Report on horse surra - Volume I
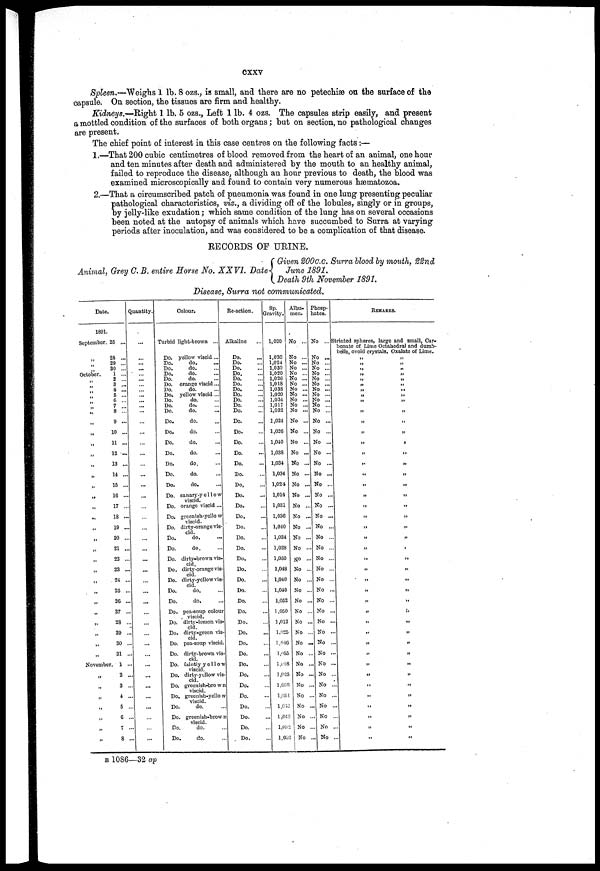
cxxv
Spleen.—"Weighs 1 lb. 8 ozs., is small, and there are no petechiæ on the surface of the
capsule. On section, the tissues are firm and healthy.
Kidneys.—Right 1 lb. 5 ozs., Left 1 lb. 4 ozs. The capsules strip easily, and present
a mottled condition of the surfaces of both organs; but on section, no pathological changes
are present.
The chief point of interest in this case centres on the following facts:—
1.—That 200 cubic centimetres of blood removed from the heart of an animal, one hour
and ten minutes after death and administered by the mouth to an healthy animal,
failed to reproduce the disease, although an hour previous to death, the blood was
examined microscopically and found to contain very numerous hæmatozoa.
2.—That a circumscribed patch of pneumonia was found in one lung presenting peculiar
pathological characteristics, viz., a dividing off of the lobules, singly or in groups,
by jelly-like exudation; which same condition of the lung has on several occasions
been noted at the autopsy of animals which have succumbed to Surra at varying
periods after inoculation, and was considered to be a complication of that disease.
RECORDS OF URINE.
Animal, Grey G. B. entire Horse No. XXVI. Date
Given 200c.c. Surra blood by mouth, 22nd
June 1891.
Death 9th November 1891.
Disease, Surra not communicated.
Date.
1891.
September. 25 ...
„ 28 ...
„ 29 ...
„ 30 ...
October.
1 ...
„ 2 ...
„ 3 ...
„ 4 ...
„ 5 ...
„ 6 ...
„ 7 ...
„ 8 ...
„ 9 ...
„ 10 ...
„ 11 ...
„
12 ...
„ 13 ...
„
14 ...
„ 15 ...
„ 16 ...
„ 17 ...
„ 18 ...
„ 19 ...
„
20 ...
„
21 ...
„ 22 ...
„ 23 ...
,,
24 ...
„ 25 ...
„ 26 ...
„ 27 ...
„ 28 ...
„ 29 ...
„ 30 ...
„ 31 ...
November. 1 ...
„ 2 ...
„ 3 ...
„ 4 ...
„ 5 ...
„ 6 ...
„
7 ...
„ 8 ...
Quantity.
...
...
... ...
...
...
...
...
...
...
...
...
...
...
...
...
...
...
...
...
...
...
...
...
...
...
...
...
...
...
...
...
...
...
...
...
...
...
...
...
...
...
...
Colour.
Turbid light-brown ...
Do. yellow viscid...
Do.
do.
Do.
do.
Do.
do.
Do.
do.
Do. orange viscid...
Do.
do.
Do. yellow viscid ...
Do,
do.
Do.
do.
Do.
do.
Do.
do.
Do.
do.
Do.
do.
Do.
do.
Do.
do.
Do.
do.
Do.
do.
Do. canary-ye11ow
viscid.
Do. orange viscid ...
Do. greenish-yellow
viscid.
Do. dirty-orange vis-
cid.
Do.
do.
Do.
do.
Do. dirty-brown vis-
cid
Do. dirty-ovange vis-
cid.
Do. dirty-yellow vis
cid.
Do.
do.
Do.
do.
Do. pea-soup colour
viscid.
Do. dirty-lemon vis-
cid.
Do. dirty-green vis-
cid.
Do. pea-soup viscid
Do. dirty-brown vis-
cid.
Do. faintly yellow
viscid.
Do. dirty-yollow vis-
cid.
Do. greenish-brown
viscid.
Do. greenish-yellow
visoid.
Do.
do.
Do. greenish-brown
viscid.
Do.
do. ...
Do.
do. ...
Re-action.
Alkaline ...
Do. ...
Do. ...
Do. ...
Do. ...
Do. ...
Do. ...
Do. ...
Do. ...
Do. ...
Do. ...
Do. ...
Do. ...
Do. ...
Do. ...
Do. ...
Do. ...
Do. ...
Do. ...
Do. ...
Do. ...
Do. ...
Do. ...
Do. ...
Do. ...
Do. ...
Do. ...
Do. ...
Do. ...
Do. ...
Do. ...
Do. ...
Do. ...
Do. ...
Do. ...
Do. ...
Do. ...
Do. ...
Do. ...
Do. ...
Do. ...
Do. ...
Do. ...
Sp.
Gravity.
1,020
1,030
1,024
1,030
1,020
1,026
1,018
1,03S
1,020
1,034
1,017
1,032
1,024
1,026
1,040
1,038
1,034
1,034
1,024
1,014
1,031
1,036
1,040
1,034
1,028
1,050
1,048
1,040
1,040
1,052
1,050
1,012
1,025
1,046
1,055
1,018
1,025
1,038
1,034
1,048
1,048
1,032
1,052
Albu-
men.
No ...
No ...
No ...
No ...
No ...
No ...
No ...
No ...
No ...
No ...
No ...
No ...
No ...
No ...
No ...
No ...
No ...
No ...
No ...
No ...
No ...
No ...
No ...
No ...
No ...
No ...
No ...
No ...
No ...
No ...
No ...
No ...
No ...
No ...
No ...
No ...
No ...
No ...
No ...
No ...
No ...
No ...
No ...
Phosp-
hates.
No ...
No ...
No ...
No ...
No ...
No ...
No ...
No ...
No ...
No ...
No ...
No ...
No ...
No ...
No ...
No ...
No ...
No ...
No ...
No ...
No ...
No ...
No ...
No ...
No ...
No ...
No ...
No ...
No ...
No ...
No ...
No ...
No ...
No ...
No ...
No ...
No ...
No ...
No ...
No ...
No ...
No ...
No ...
REMARKS.
Striated spheres, large and small, Car-
bonate of Lime Octahedral and dumb-
bells, ovoid crystals. Oxalate of Lime.
„ „
„ „
„ „
„ „
„ „
„ „
„ „
„ „
„ „
„ „
„ „
„ „
„ „
„ „
„ „
„ „
„ „
„ „
„ „
„ „
„ „
„ „
„ „
„ „
„ „
„ „
„ „
„ „
„ „
„ „
„ „
„ „
„ „
„ „
„ „
„ „
„ „
„ „
„ „
„ „
„ „
„ „
B 1086—32 ap